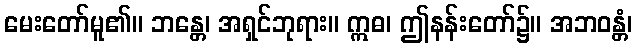
မေးတော်မူ၏။ ဘန္တေ၊ အရှင်ဘုရား။ ဣဓ၊ ဤနန်းတော်၌။ အဘဝန္တံ၊